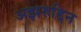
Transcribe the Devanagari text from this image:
अझरुद्दिन